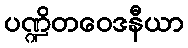
ပဏ္ဍိတဝေဒနီယာ